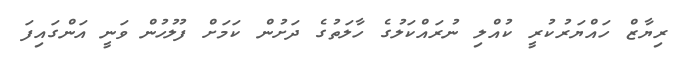
ރިޔާޒް ހައްޔަރުކުރީ ކުއްލި ނުރައްކަލުގެ ހާލަތުގެ ދަށުން ކަމަށް ފުލުހުން ވަނީ އަންގައިފަ